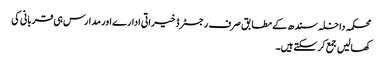
محکمہ داخلہ سندھ کے مطابق صرف رجسٹرڈ خیراتی ادارے اور مدارس ہی قربانی کی
کھالیں جمع کرسکتے ہیں۔